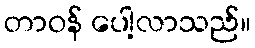
တာဝန် ပေါ့လာသည်။